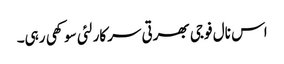
اس نال فوجی بھرتی سرکار لئی سوکھی رہی۔